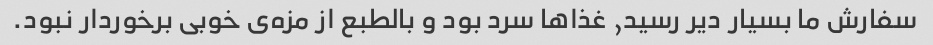
سفارش ما بسیار دیر رسید, غذاها سرد بود و بالطبع از مزه‌ی خوبی برخوردار نبود.